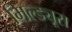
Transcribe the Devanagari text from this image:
मिल्ड्यूरा